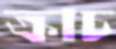
ক্রাচ